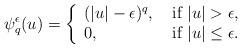
LaTeX: \begin{align*}\psi^\epsilon_q(u)=\left\{\begin{array}{ll}( |u|-\epsilon )^q, &\hbox{ if} \ |u|> \epsilon, \\0, &\hbox{ if}\ |u|\leq \epsilon.\end{array}\right.\end{align*}